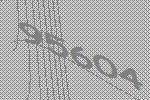
95604